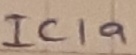
Text: IC1a